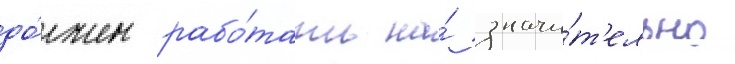
до́лжен рабо́тать на́ значи́т'ельно